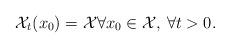
LaTeX: \begin{align*}\mathcal{X}_t(x_0) = \mathcal{X}\forall x_0 \in \mathcal{X}, \, \forall t>0. \end{align*}